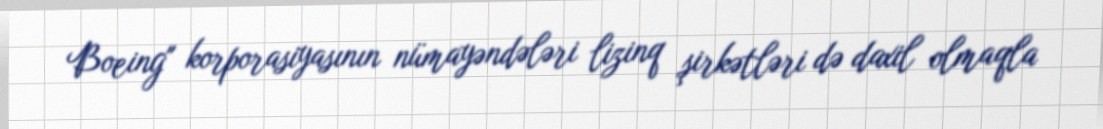
Boeing" korporasiyasının nümayəndələri lizinq şirkətləri də daxil olmaqla